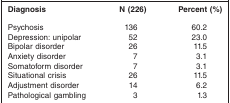
| Diagnosis | N (226) | Percent (%) |
 | --- | --- | --- |
 | Psychosis | 136 | 60.2 |
 | Depression: unipolar | 52 | 23.0 |
 | Bipolar disorder | 26 | 11.5 |
 | Anxiety disorder | 7 | 3.1 |
 | Somatoform disorder | 7 | 3.1 |
 | Situational crisis | 26 | 11.5 |
 | Adjustment disorder | 14 | 6.2 |
 | Pathological gambling | 3 | 1.3 |